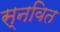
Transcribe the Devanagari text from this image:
स्नवित